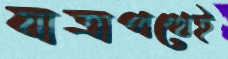
যাত্রাপথেই